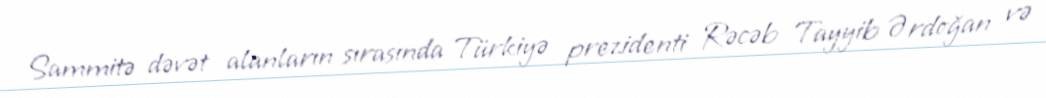
Sammitə dəvət alanların sırasında Türkiyə prezidenti Rəcəb Tayyib Ərdoğan və